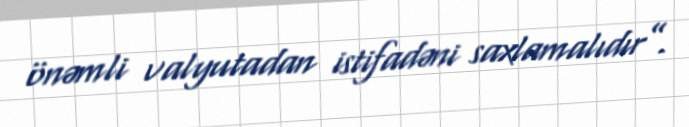
önəmli valyutadan istifadəni saxlamalıdır”.